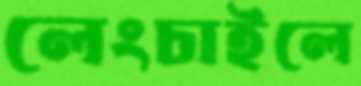
লেংচাইলে